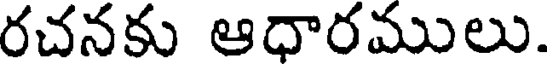
రచనకు ఆధారములు.